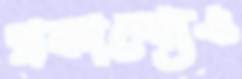
প্রকাশ্যেও